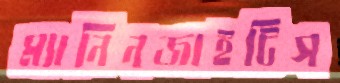
ম্যানিনজাইটিস